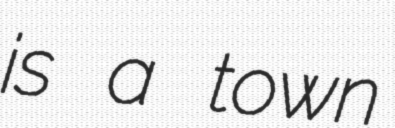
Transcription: is a town